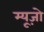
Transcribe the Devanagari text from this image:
म्यूज़ो